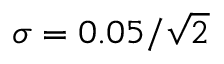
\sigma = 0 . 0 5 / \sqrt { 2 }